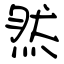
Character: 然